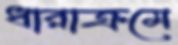
ধারাক্রমে